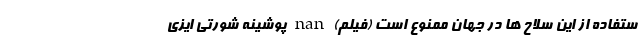
ستفاده از این سلاح ها در جهان ممنوع است (فیلم) nan پوشینه شورتی ایزی